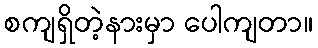
စကျရှိတဲ့နားမှာ ပေါကျတာ။